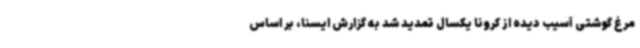
مرغ گوشتی آسیب دیده از کرونا یکسال تمدید شد به گزارش ایسنا، بر اساس